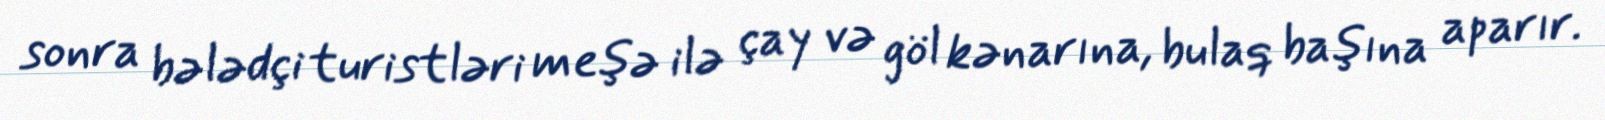
sonra bələdçi turistləri meşə ilə çay və göl kənarına, bulaq başına aparır.